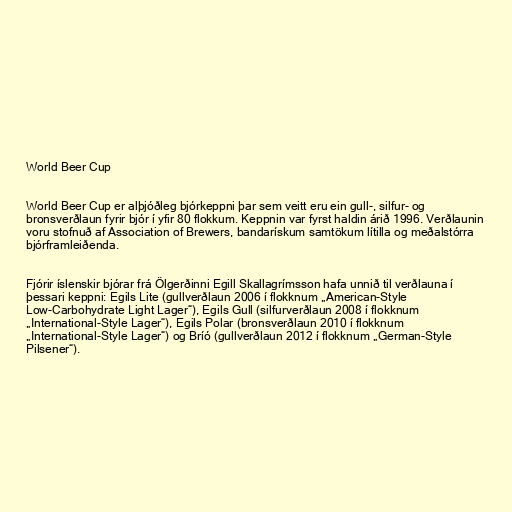
World Beer Cup

World Beer Cup er alþjóðleg bjórkeppni þar sem veitt eru ein gull-, silfur- og
bronsverðlaun fyrir bjór í yfir 80 flokkum. Keppnin var fyrst haldin árið 1996. Verðlaunin
voru stofnuð af Association of Brewers, bandarískum samtökum lítilla og meðalstórra
bjórframleiðenda.

Fjórir íslenskir bjórar frá Ölgerðinni Egill Skallagrímsson hafa unnið til verðlauna í
þessari keppni: Egils Lite (gullverðlaun 2006 í flokknum „American-Style
Low-Carbohydrate Light Lager“), Egils Gull (silfurverðlaun 2008 í flokknum
„International-Style Lager“), Egils Polar (bronsverðlaun 2010 í flokknum
„International-Style Lager“) og Bríó (gullverðlaun 2012 í flokknum „German-Style
Pilsener“).